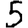
Digit: 5